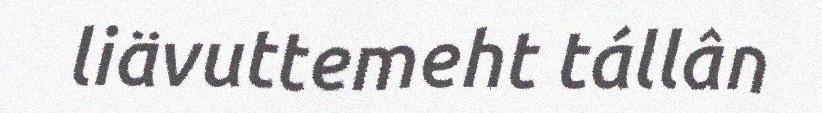
liävuttemeht tállân